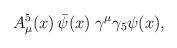
LaTeX: \begin{align*}A^5_\mu(x)\,\bar\psi(x)\;\gamma^\mu\gamma_5\psi(x), \end{align*}